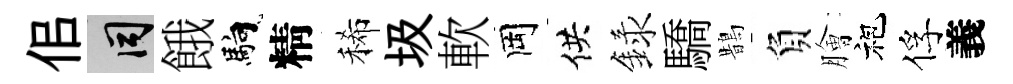
佀间餓馿精稀圾軟岡供録驕鵲負膾袍俘義